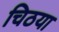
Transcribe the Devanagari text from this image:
चिठया